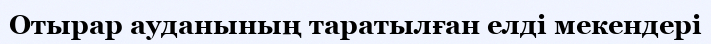
Отырар ауданының таратылған елді мекендері